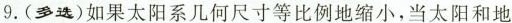
9.(多选)如果太阳系几何尺寸等比例地缩小，当太阳和地